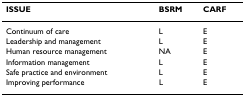
<table><thead><tr><td><b>ISSUE</b></td><td><b>BSRM</b></td><td><b>CARF</b></td></tr></thead><tbody><tr><td>Continuum of care</td><td>L</td><td>E</td></tr><tr><td>Leadership and management</td><td>L</td><td>E</td></tr><tr><td>Human resource management</td><td>NA</td><td>E</td></tr><tr><td>Information management</td><td>L</td><td>E</td></tr><tr><td>Safe practice and environment</td><td>L</td><td>E</td></tr><tr><td>Improving performance</td><td>L</td><td>E</td></tr></tbody></table>